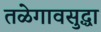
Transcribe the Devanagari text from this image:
तळेगावसुद्धा